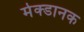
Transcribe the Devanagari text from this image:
मेक्डानक